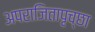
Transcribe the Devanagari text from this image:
अपराजितापृच्छा